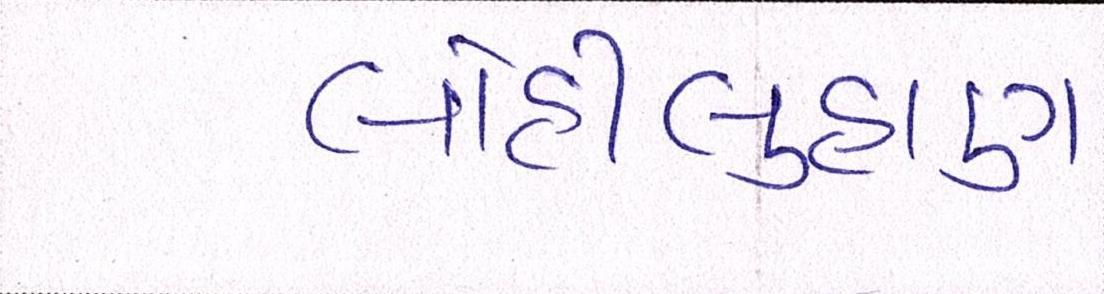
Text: લોહીલુહાણ